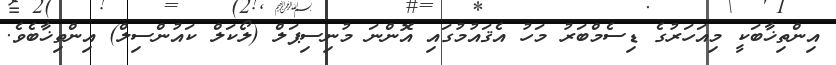
އިންތިޚާބަކީ މިއަހަރުގެ ޑިސެމްބަރު މަހު އެޤައުމުގައި އޮންނަ މުނިސިޕަލް (ލޯކަލް ކައުންސިލް) އިންތިޚާބެވެ.